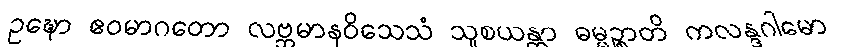
ဥဍ္ဎော ဧဝမာဂတော လဗ္ဘမာနဝိသေသံ သူစယန္တာ ဓမ္မဉ္စာတိ ကလန္ဒဂါမော